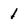
Character: 1